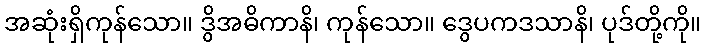
အဆုံးရှိကုန်သော။ ဒွိအဓိကာနိ၊ ကုန်သော။ ဒွေပကဒသာနိ၊ ပုဒ်တို့ကို။